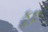
કૂદ